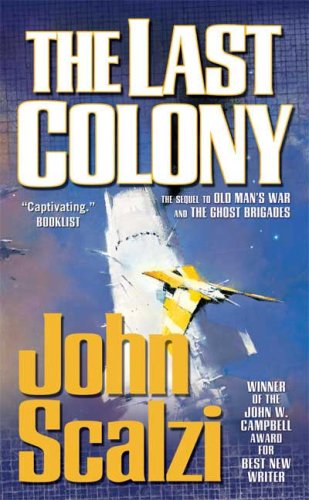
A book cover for The Last Colony (Old Man's War); John Scalzi; Science Fiction & Fantasy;